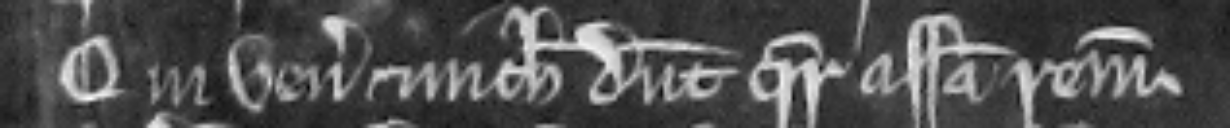
Qui veniunt et nichil dicunt quare assisa remaneat.